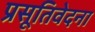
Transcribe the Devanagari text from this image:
प्रसूतिवेदना